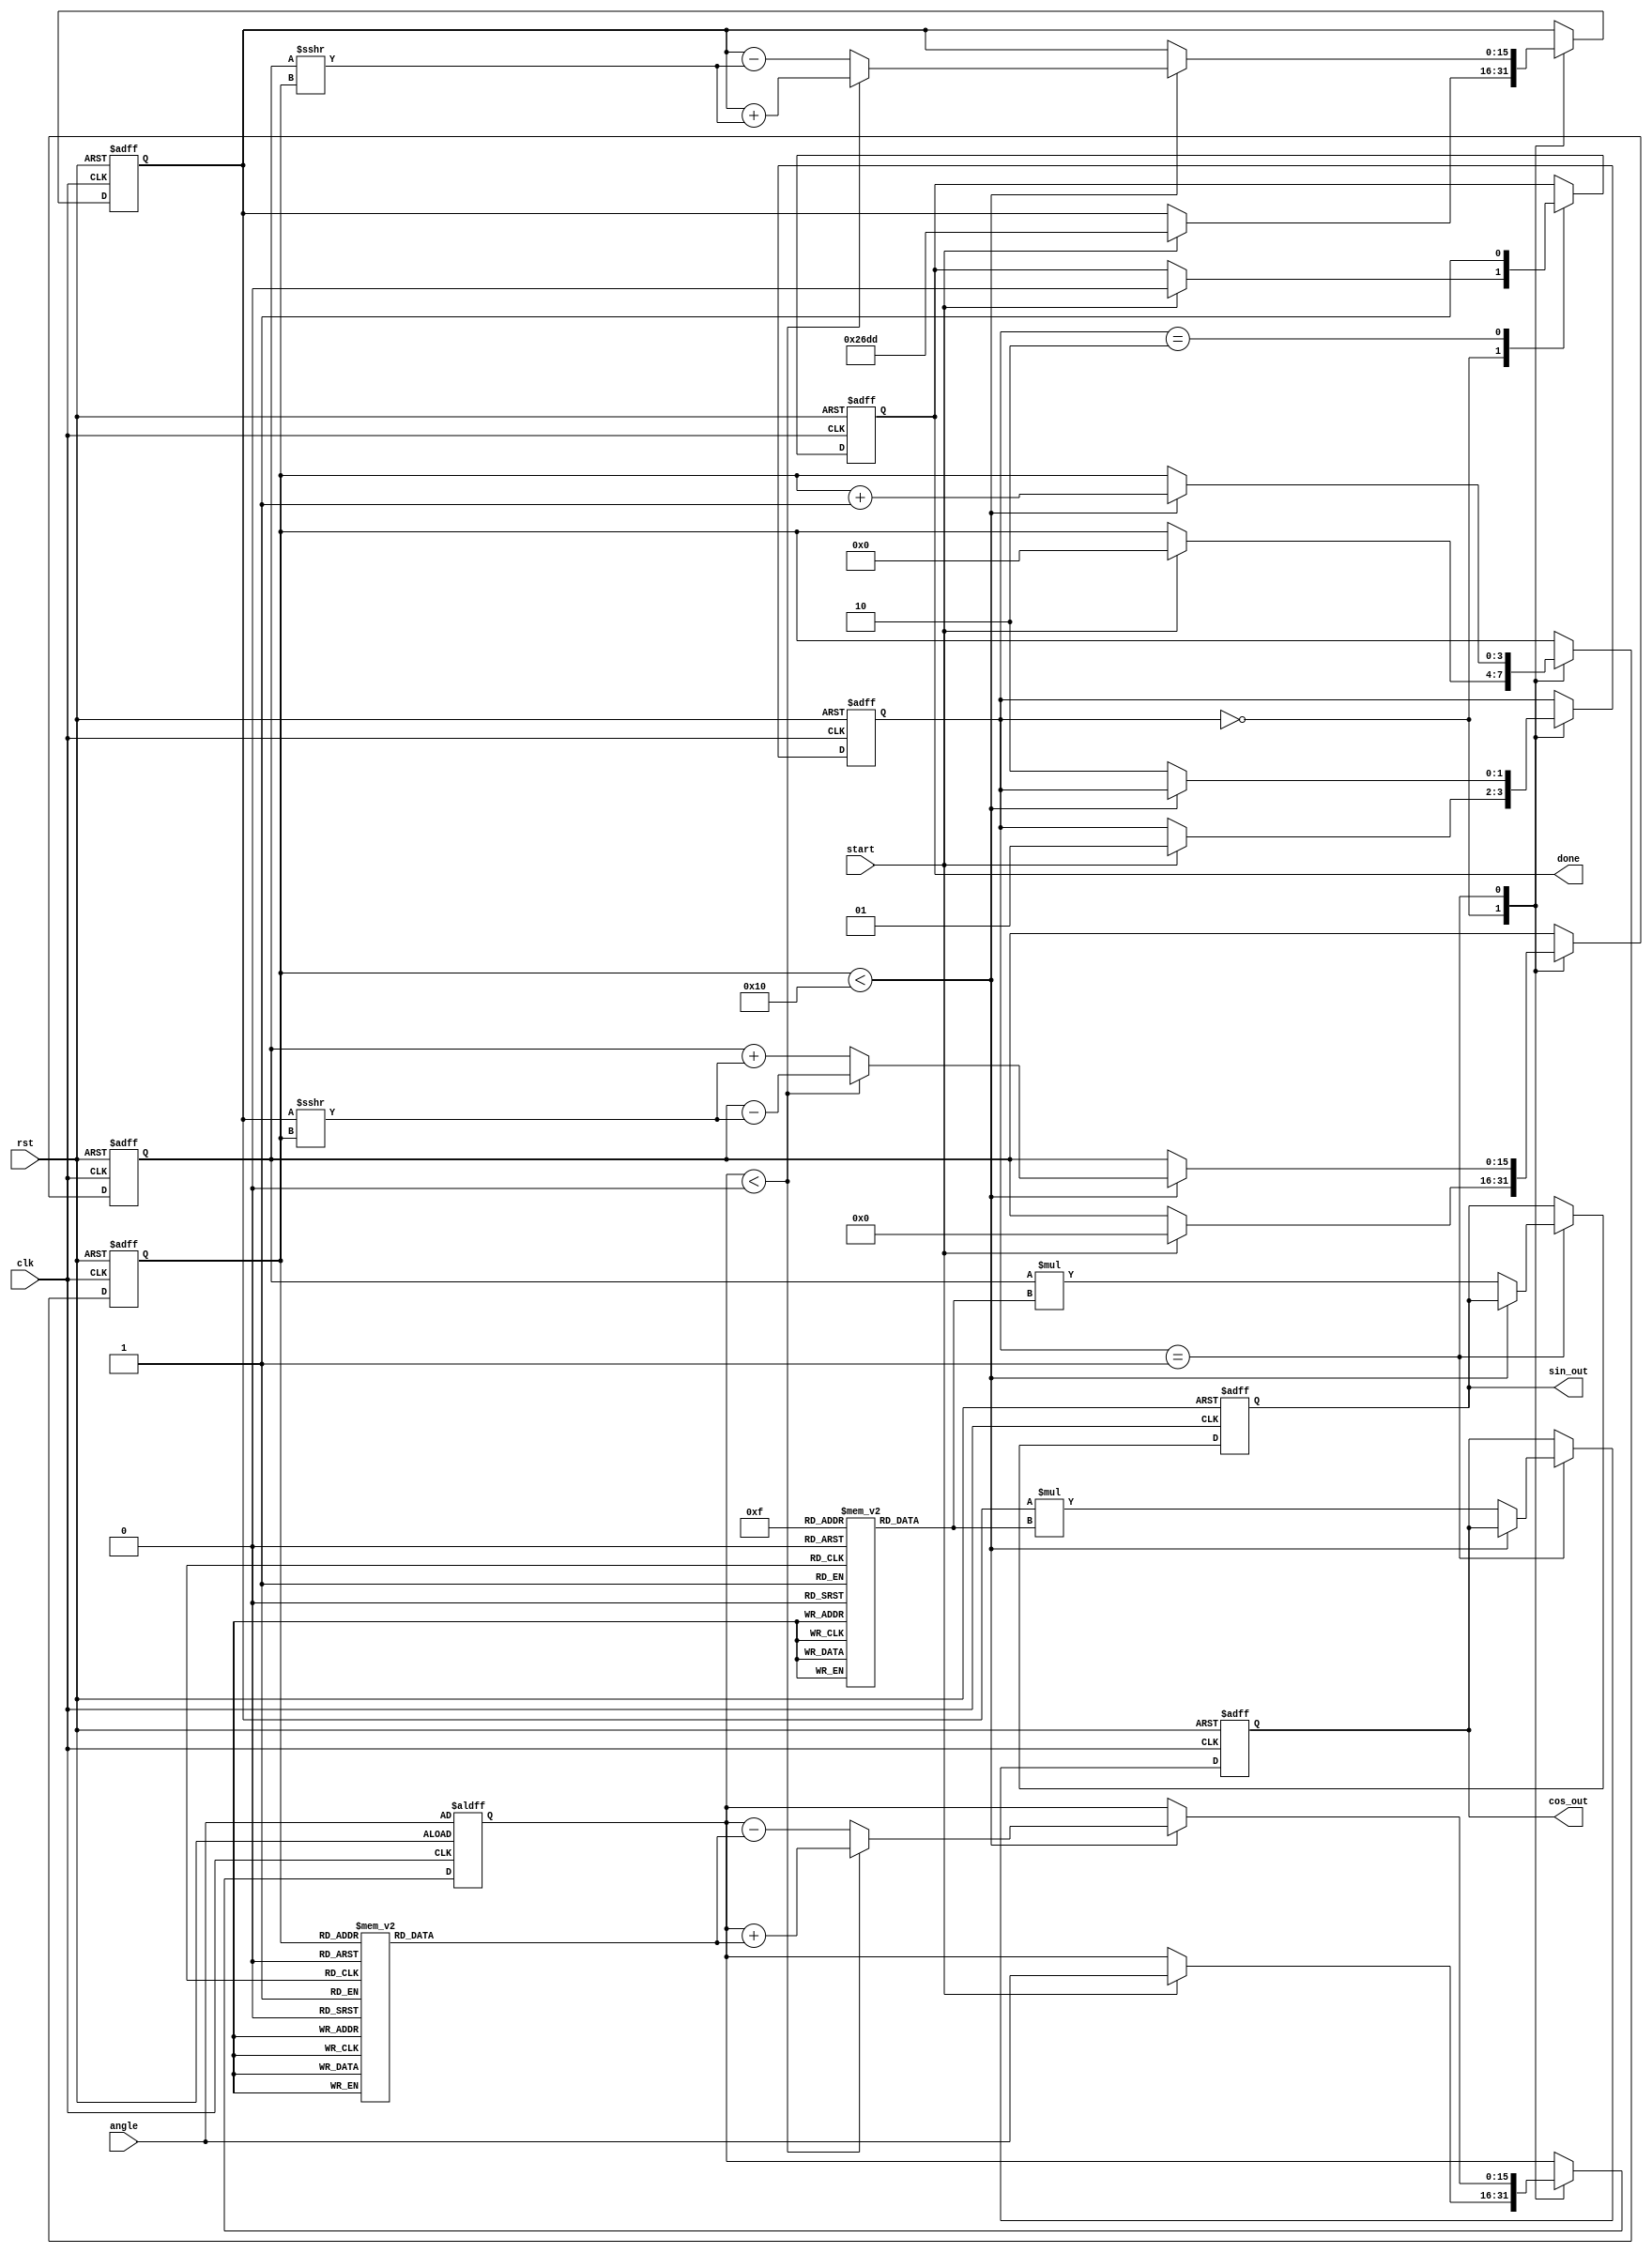
module cordic (
    input wire clk,
    input wire rst,
    input wire start,
    input wire [15:0] angle,  // 16-bit fixed-point angle input (in radians)
    output reg [15:0] sin_out, // 16-bit sine output
    output reg [15:0] cos_out, // 16-bit cosine output
    output reg done
);

    // Parameters
    parameter NUM_ITERATIONS = 16; // Number of CORDIC iterations
    parameter LUT_SIZE = 16; // Size of the LUTs

    // Lookup Tables (LUTs)
    reg [15:0] angle_LUT [0:LUT_SIZE-1]; // LUT for arctangent values
    reg [15:0] scaling_LUT [0:LUT_SIZE-1]; // LUT for scaling factors

    // Internal registers
    reg [15:0] x, y, z; // x, y, z values for CORDIC
    reg [3:0] iteration; // Current iteration count
    reg [1:0] state; // State machine for control logic

    // State machine states
    localparam IDLE = 2'b00;
    localparam COMPUTE = 2'b01;
    localparam DONE = 2'b10;

    // Initialize LUTs
    initial begin
        // Populate angle LUT with arctangent values (in fixed-point format)
        angle_LUT[0] = 16'h0000; // atan(0) = 0
        angle_LUT[1] = 16'h3243; // atan(1/2^1)
        angle_LUT[2] = 16'h1DAC; // atan(1/2^2)
        angle_LUT[3] = 16'h1C71; // atan(1/2^3)
        angle_LUT[4] = 16'h1A62; // atan(1/2^4)
        angle_LUT[5] = 16'h1884; // atan(1/2^5)
        angle_LUT[6] = 16'h1775; // atan(1/2^6)
        angle_LUT[7] = 16'h16C0; // atan(1/2^7)
        angle_LUT[8] = 16'h1627; // atan(1/2^8)
        angle_LUT[9] = 16'h1593; // atan(1/2^9)
        angle_LUT[10] = 16'h1509; // atan(1/2^10)
        angle_LUT[11] = 16'h1480; // atan(1/2^11)
        angle_LUT[12] = 16'h1400; // atan(1/2^12)
        angle_LUT[13] = 16'h1380; // atan(1/2^13)
        angle_LUT[14] = 16'h1300; // atan(1/2^14)
        angle_LUT[15] = 16'h1280; // atan(1/2^15)

        // Populate scaling LUT with scaling factors
        scaling_LUT[0] = 16'h26DD; // 1/sqrt(1 + 0^2)
        scaling_LUT[1] = 16'h1F6A; // 1/sqrt(1 + (1/2^1)^2)
        scaling_LUT[2] = 16'h1B74; // 1/sqrt(1 + (1/2^2)^2)
        scaling_LUT[3] = 16'h17B3; // 1/sqrt(1 + (1/2^3)^2)
        scaling_LUT[4] = 16'h15A0; // 1/sqrt(1 + (1/2^4)^2)
        scaling_LUT[5] = 16'h139D; // 1/sqrt(1 + (1/2^5)^2)
        scaling_LUT[6] = 16'h124D; // 1/sqrt(1 + (1/2^6)^2)
        scaling_LUT[7] = 16'h1100; // 1/sqrt(1 + (1/2^7)^2)
        scaling_LUT[8] = 16'h0FF0; // 1/sqrt(1 + (1/2^8)^2)
        scaling_LUT[9] = 16'h0F00; // 1/sqrt(1 + (1/2^9)^2)
        scaling_LUT[10] = 16'h0E00; // 1/sqrt(1 + (1/2^10)^2)
        scaling_LUT[11] = 16'h0D00; // 1/sqrt(1 + (1/2^11)^2)
        scaling_LUT[12] = 16'h0C00; // 1/sqrt(1 + (1/2^12)^2)
        scaling_LUT[13] = 16'h0B00; // 1/sqrt(1 + (1/2^13)^2)
        scaling_LUT[14] = 16'h0A00; // 1/sqrt(1 + (1/2^14)^2)
        scaling_LUT[15] = 16'h0900; // 1/sqrt(1 + (1/2^15)^2)
    end

    // Control logic and iteration process
    always @(posedge clk or posedge rst) begin
        if (rst) begin
            // Reset state and outputs
            x <= 16'h26DD; // Initial x = K (scaling factor)
            y <= 16'h0000; // Initial y = 0
            z <= angle;    // Input angle
            iteration <= 0; // Reset iteration
            state <= IDLE;  // Set to IDLE state
            done <= 0;      // Not done
            sin_out <= 0;   // Clear sine output
            cos_out <= 0;   // Clear cosine output
        end else begin
            case (state)
                IDLE: begin
                    if (start) begin
                        // Start computation
                        x <= 16'h26DD; // Initial x = K (scaling factor)
                        y <= 16'h0000; // Initial y = 0
                        z <= angle;    // Input angle
                        iteration <= 0; // Reset iteration
                        state <= COMPUTE; // Move to COMPUTE state
                        done <= 0; // Not done yet
                    end
                end

                COMPUTE: begin
                    if (iteration < NUM_ITERATIONS) begin
                        // Perform CORDIC iteration
                        if (z < 0) begin
                            // Rotate clockwise
                            x <= x + (y >>> iteration);
                            y <= y - (x >>> iteration);
                            z <= z + angle_LUT[iteration];
                        end else begin
                            // Rotate counter-clockwise
                            x <= x - (y >>> iteration);
                            y <= y + (x >>> iteration);
                            z <= z - angle_LUT[iteration];
                        end
                        iteration <= iteration + 1; // Increment iteration
                    end else begin
                        // Finished iterations
                        sin_out <= y * scaling_LUT[NUM_ITERATIONS-1]; // Scale output
                        cos_out <= x * scaling_LUT[NUM_ITERATIONS-1]; // Scale output
                        state <= DONE; // Move to DONE state
                    end
                end

                DONE: begin
                    done <= 1; // Indicate computation is done
                end
            endcase
        end
    end
endmodule